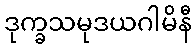
ဒုက္ခသမုဒယဂါမိနီ